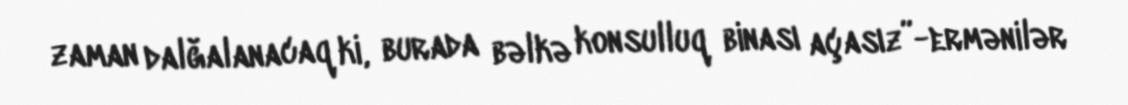
zaman dalğalanacaq ki, burada bəlkə konsulluq binası açasız”-ermənilər